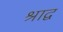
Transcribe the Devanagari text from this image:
श्राद्व